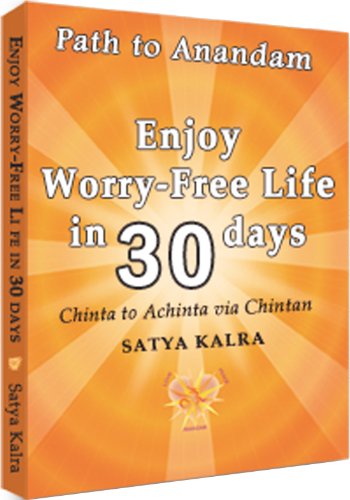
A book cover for Enjoy Worry-Free Life in 30 days; Satya Kalra; Health, Fitness & Dieting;